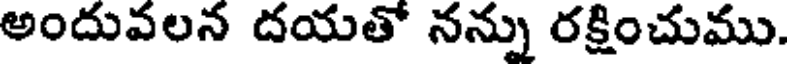
అందువలన దయతో నన్ను రక్షించుము.